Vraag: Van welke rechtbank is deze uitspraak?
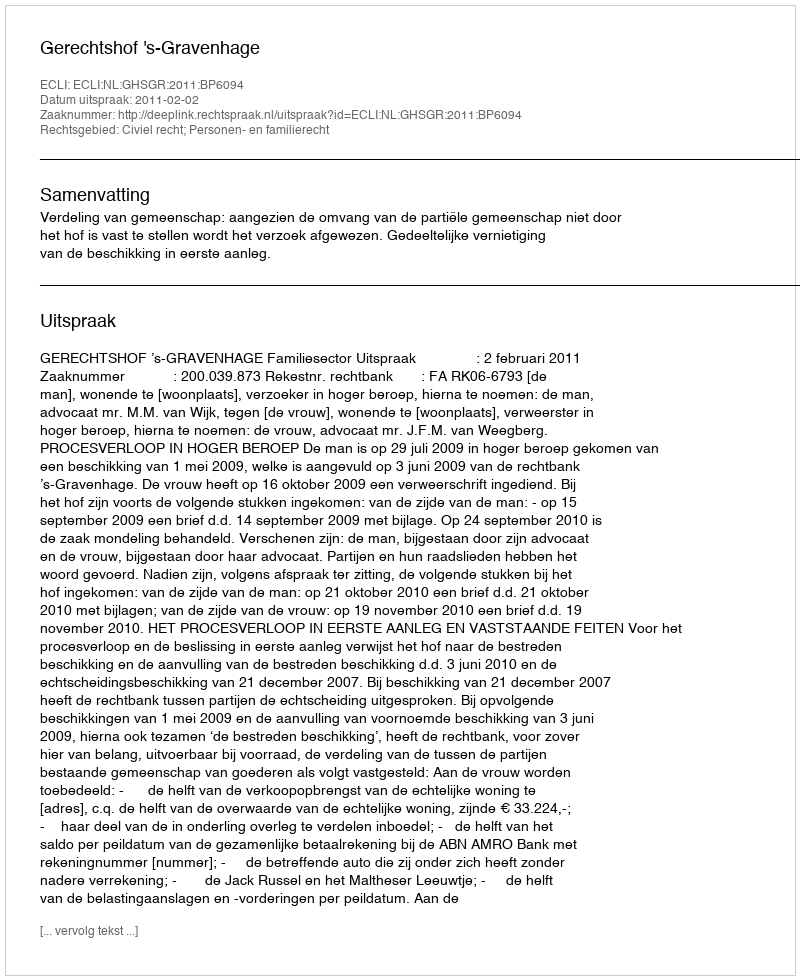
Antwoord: Gerechtshof 's-Gravenhage